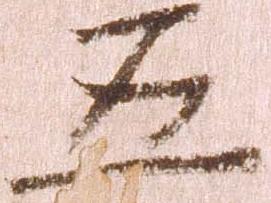
五